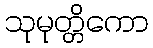
သုမုတ္တိကော